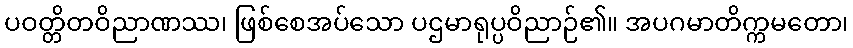
ပဝတ္တိတဝိညာဏဿ၊ ဖြစ်စေအပ်သော ပဌမာရုပ္ပဝိညာဉ်၏။ အပဂမာတိက္ကမတော၊